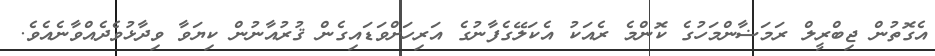
އެގޮތުން ޖިބްރީލް ރަމަޟާންމަހުގެ ކޮންމެ ރެއަކު އެކަލޭގެފާނުގެ އަރިހަށްވަޑައިގެން ޤުރުއާނުން ކިޔަވާ ވިދާޅުވެދެއްވާނެއެވެ.